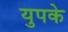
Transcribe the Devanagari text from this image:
युपके